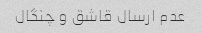
عدم ارسال قاشق و چنگال